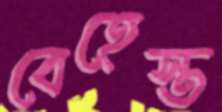
বেহেস্ত